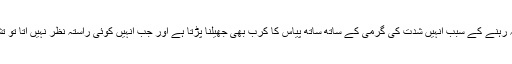
مگر گرمیوں میں بجلی نہ رہنے کے سبب انہیں شدت کی گرمی کے ساتھ ساتھ پیاس کا کرب بھی جھیلنا پڑتا ہے اور جب انہیں کوئی راستہ نظر نہیں آتا تو تشدد پر آمادہ ہو جاتے ہیں۔